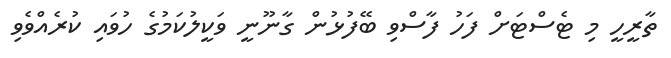
ތާރީހީ މި ޓެސްޓަށް ފަހު ފާސްވި ބޭފުޅުން ގާނޫނީ ވަކީލުކަމުގެ ހުވައި ކުރެއްވެވި